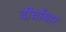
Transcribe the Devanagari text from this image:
दीर्घोच्चार